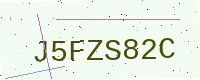
Text: J5FZS82C